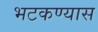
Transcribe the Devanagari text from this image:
भटकण्यास